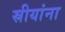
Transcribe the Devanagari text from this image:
स्रीयांना